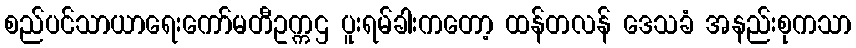
စည်ပင်သာယာရေးကော်မတီဥက္ကဌ ပူးရမ်ခါးကတော့ ထန်တလန် ဒေသခံ အနည်းစုကသာ